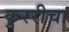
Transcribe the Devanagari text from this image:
कुररीचा